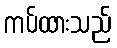
ကပ်ထားသည်